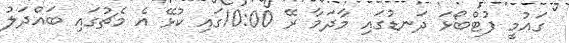
ގައުމީ ފުޓްބޯޅަ ދަނޑުގައި މާދަމާ ރޭ 10:00ގައި ކުޅޭ އެ މެޗުގައި ބައްދަލު